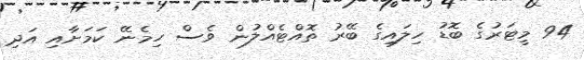
94 މީޓަރުގެ ބޮޑު ހިލައިގެ ބޭރު ތޮއްޓެއްލުން ވެސް ހިމެނޭ ކަމަށާއި އަދި